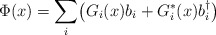
\begin{align*}\Phi (x) = \sum_i \bigl( G_{i}(x)b_{i} + G_{i}^*(x)b_{i}^{\dagger} \bigr)\end{align*}